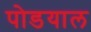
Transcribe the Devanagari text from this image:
पोडयाल